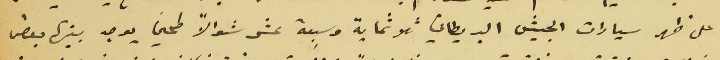
على ظهر سيارات الجيش البريطاني ثلاثماية وسبعة عشر شوالاً طحين يوجد بينها بعض